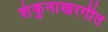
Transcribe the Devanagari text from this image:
शंकुनाखरगीत